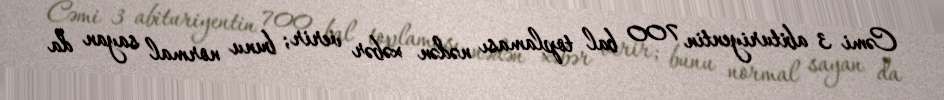
Cəmi 3 abituriyentin 700 bal toplaması nədən xəbər verir; bunu normal sayan da